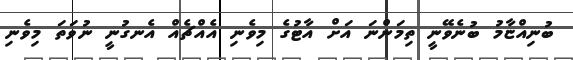
ބުނިއްޏާމު ބުނެވޭނީ ތިމަންނަ އަށް އާޓުގެ މިވެނި އެއްޗެއް އެނގުނީ ނުވަތަ މިވެނި